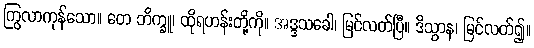
ကြွလာကုန်သော။ တေ ဘိက္ခူ၊ ထိုရဟန်းတို့ကို။ အဒ္ဒသခေါ၊ မြင်လတ်ပြီ။ ဒိသွာန၊ မြင်လတ်၍။